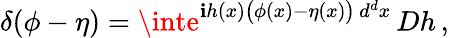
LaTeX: \delta(\phi-\eta)=\inte^{\mathbf{i}h(x){\big(}\phi(x)-\eta(x){\big)}\, d^{d}x}\, Dh\, ,